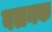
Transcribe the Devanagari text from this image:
वलनक